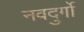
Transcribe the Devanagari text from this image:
नवदुर्गो